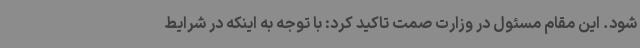
شود. این مقام مسئول در وزارت صمت تاکید کرد: با توجه به اینکه در شرایط